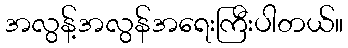
အလွန့်အလွန်အရေးကြီးပါတယ်။